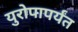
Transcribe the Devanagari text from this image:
युरोपापर्यंत